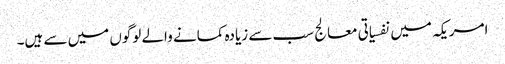
امریکہ میں نفسیاتی معالج سب سے زیادہ کمانے والے لوگوں میں سے ہیں۔